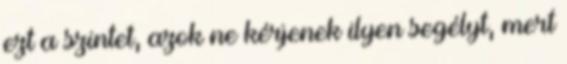
ezt a szintet, azok ne kérjenek ilyen segélyt, mert